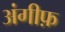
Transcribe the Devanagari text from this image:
अंगीफ़